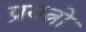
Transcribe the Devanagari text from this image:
प्रयत्नो